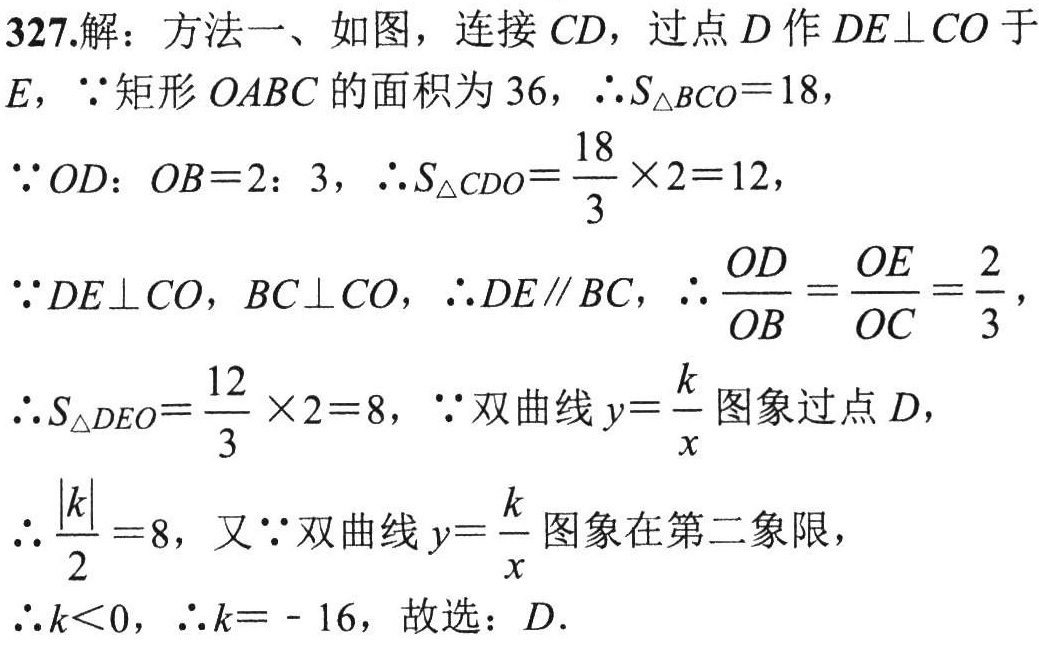
327.解：方法一、如图，连接 \(CD\)，过点 \(D\) 作 \(DE\perp CO\) 于
\(E\)，\(\because\) 矩形 \(OABC\) 的面积为 \(36\)，\(\therefore S_{\triangle BCO}=18\)，
\(\because OD：OB = 2：3\)，\(\therefore S_{\triangle CDO}=\frac{18}{3}\times2 = 12\)，
\(\because DE\perp CO\)，\(BC\perp CO\)，\(\therefore DE\parallel BC\)，\(\therefore\frac{OD}{OB}=\frac{OE}{OC}=\frac{2}{3}\)，
\(\therefore S_{\triangle DEO}=\frac{12}{3}\times2 = 8\)，\(\because\) 双曲线 \(y = \frac{k}{x}\) 图象过点 \(D\)，
\(\therefore\frac{|k|}{2}=8\)，又\(\because\) 双曲线 \(y = \frac{k}{x}\) 图象在第二象限，
\(\therefore k\lt0\)，\(\therefore k = - 16\)，故选：\(D\).